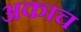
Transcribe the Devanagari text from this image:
अकाच